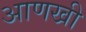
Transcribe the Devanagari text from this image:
अाणखी